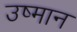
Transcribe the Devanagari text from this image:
उष्मान